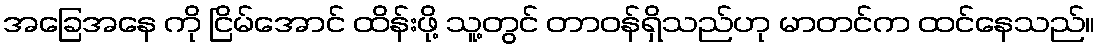
အခြေအနေ ကို ငြိမ်အောင် ထိန်းဖို့ သူ့တွင် တာဝန်ရှိသည်ဟု မာတင်က ထင်နေသည်။